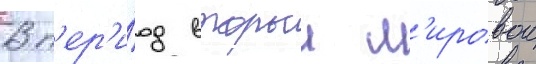
В п'ер'и́од второи м'ировои